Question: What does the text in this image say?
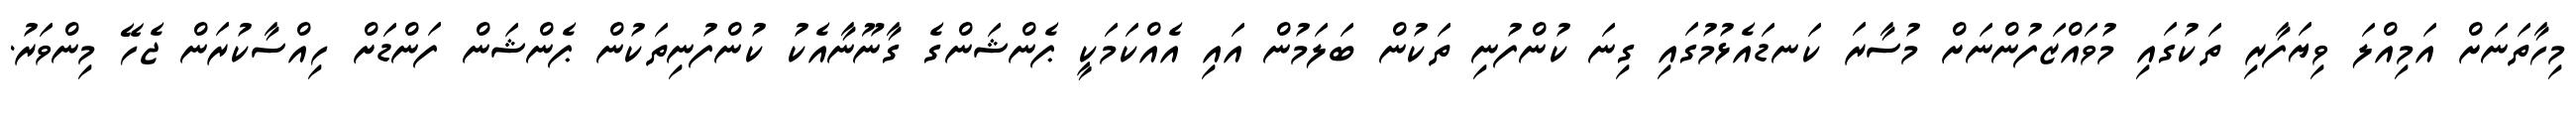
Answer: މިހާތަނަށް އަމިއްލަ ވިޔަފާރި ތަކުގައި މުވައްޒަފުންނަށް މުސާރަ ކަނޑައެޅުމުގައި ގިނަ ކުންފުނި ތަކުން ބަލަމުން އައި އެއްކަމަކީ ޕެންޝަންގެ ގާނޫނާއެކު ކުންފުނިތަކުން ޕެންޝަން ފަންޑަށް ހިއްސާކުރަން ޖެހޭ މިންވަރު.